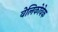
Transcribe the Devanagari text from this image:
वेलिकोवेक